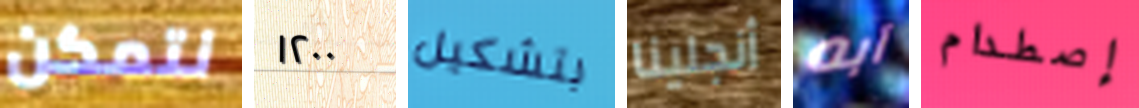
نتمكن ١٢٠٠ بتشكيل أنجلينا آبه إصطدام